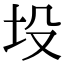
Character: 坄